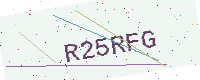
Text: R25RFG